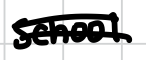
Text: School
Cross-out: double-line
Writing tool: digital_black